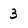
Character: 3